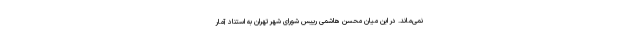
نمی‌ماند. در این میان محسن هاشمی رییس شورای شهر تهران به استناد آمار